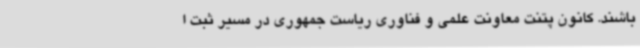
باشند. کانون پتنت معاونت علمی و فناوری ریاست جمهوری در مسیر ثبت ا